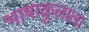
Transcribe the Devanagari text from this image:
भाषाकुलाला